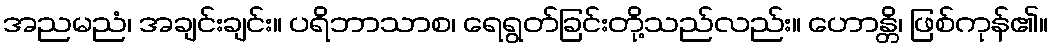
အညမညံ၊ အချင်းချင်း။ ပရိဘာသာစ၊ ရေရွတ်ခြင်းတို့သည်လည်း။ ဟောန္တိ၊ ဖြစ်ကုန်၏။